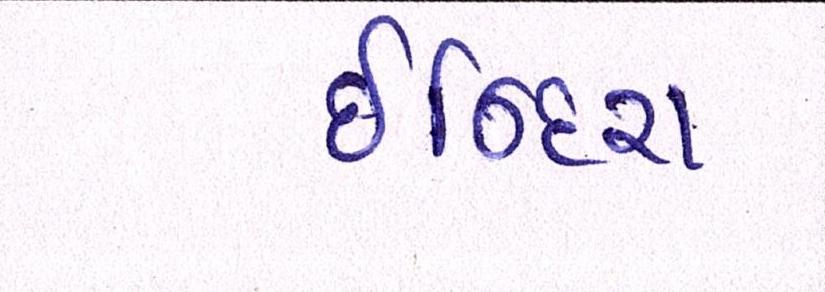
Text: ઈન્દિરા